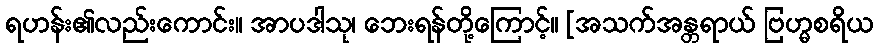
ရဟန်း၏လည်းကောင်း။ အာပဒါသု၊ ဘေးရန်တို့ကြောင့်။ [အသက်အန္တရာယ် ဗြဟ္မစရိယ